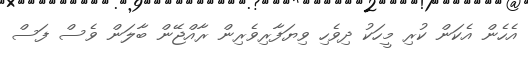
އެހެން އެކަން ކުރި މީހަކު ދިވެހި ވިޔަފާރިވެރިން ރާއްޖޭން ބާލަން ވެސް ފަސް